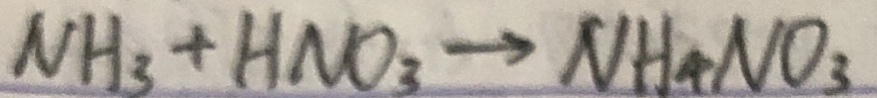
N H _ { 3 } + H N O _ { 3 } \rightarrow N H _ { 4 } N O _ { 3 }